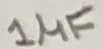
Text: 1µF